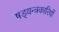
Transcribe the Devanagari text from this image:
षड्‍यन्त्रकारियों